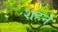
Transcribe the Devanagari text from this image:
शहने